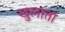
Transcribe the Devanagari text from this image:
खुलाता